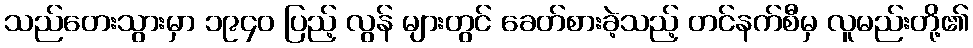
သည်တေးသွားမှာ ၁၉၄၀ ပြည့် လွန် များတွင် ခေတ်စားခဲ့သည့် တင်နက်စီမှ လူမည်းတို့၏